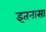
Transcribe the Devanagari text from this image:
इतनासा